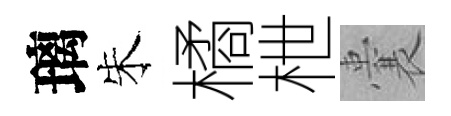
璃朱橘枻囊